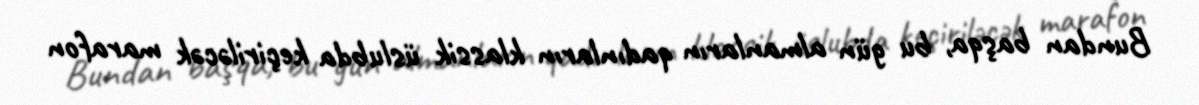
Bundan başqa, bu gün almanların qadınların klassik üslubda keçiriləcək marafon